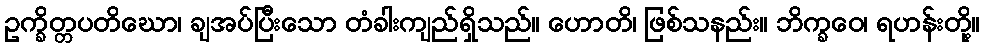
ဥက္ခိတ္တပတိဃော၊ ချအပ်ပြီးသော တံခါးကျည်ရှိသည်။ ဟောတိ၊ ဖြစ်သနည်း။ ဘိက္ခဝေ၊ ရဟန်းတို့။